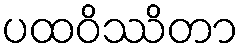
ပထဝိဿိတာ